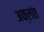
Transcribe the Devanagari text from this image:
अक्लांत